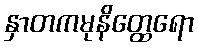
နှာတကမုနိတ္ထေရော